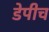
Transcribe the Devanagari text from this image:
डेपीच